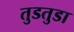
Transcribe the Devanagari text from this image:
तुडतुडा